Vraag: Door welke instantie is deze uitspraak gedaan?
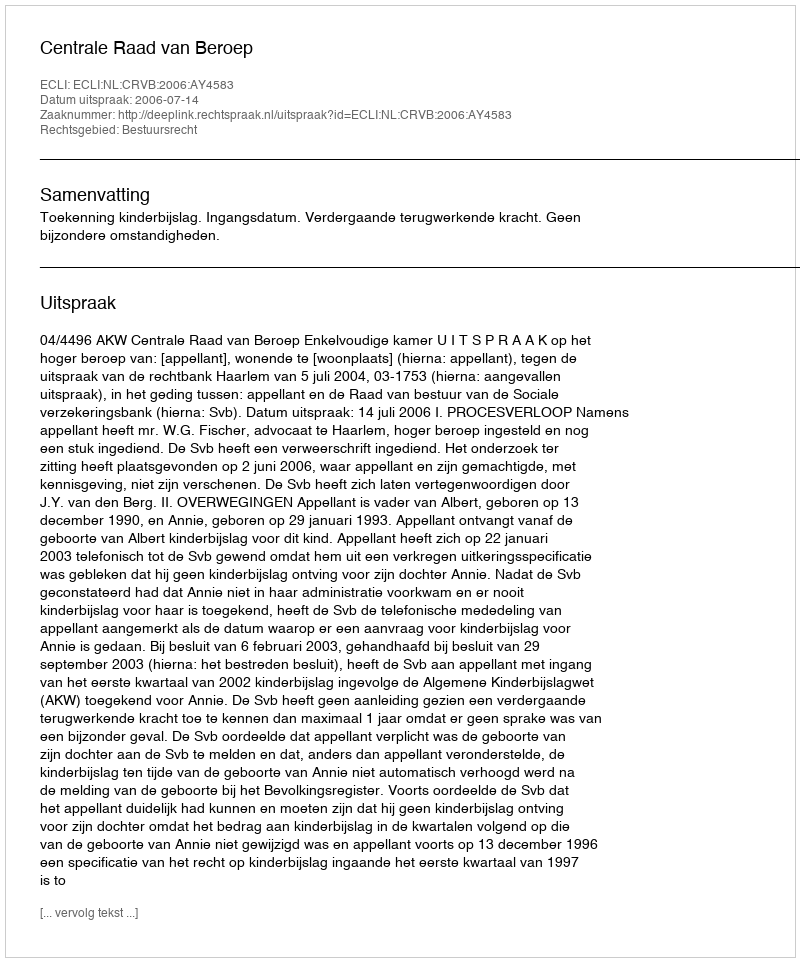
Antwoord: Centrale Raad van Beroep